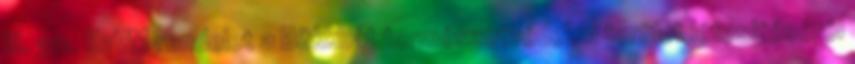
III. 30. KvVM rendelet a Bükkhát természetvédelmi terület létesítéséről